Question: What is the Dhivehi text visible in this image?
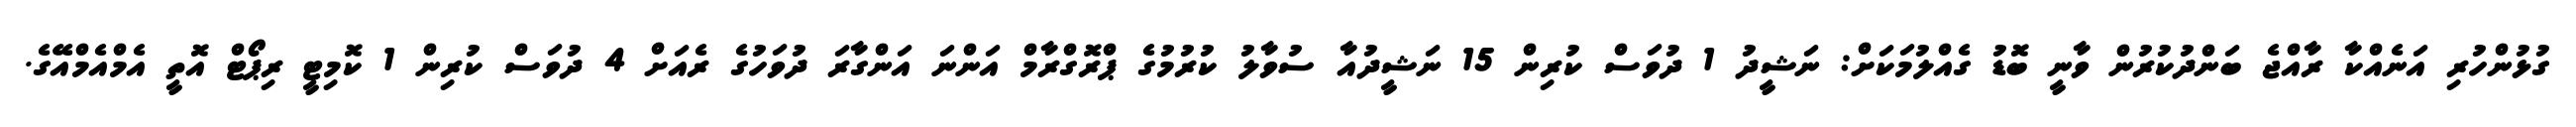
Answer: ގުޅުންހުރި އަނެއްކާ ރާއްޖެ ބަންދުކުރުން ވާނީ ބޮޑު ގެއްލުމަކަށް: ނަޝީދު 1 ދުވަސް ކުރިން 15 ނަޝީދުއާ ސުވާލު ކުރުމުގެ ޕްރޮގްރާމް އަންނަ އަންގާރަ ދުވަހުގެ ރެއަށް 4 ދުވަސް ކުރިން 1 ކޮމިޓީ ރިޕޯޓް އޮތީ އެމްއެމްއޭގެ.